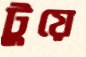
টুয়ে